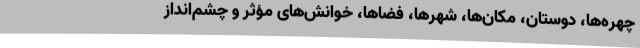
چهره‌ها، دوستان، مکان‌ها، شهرها، فضاها، خوانش‌های مؤثر و چشم‌انداز